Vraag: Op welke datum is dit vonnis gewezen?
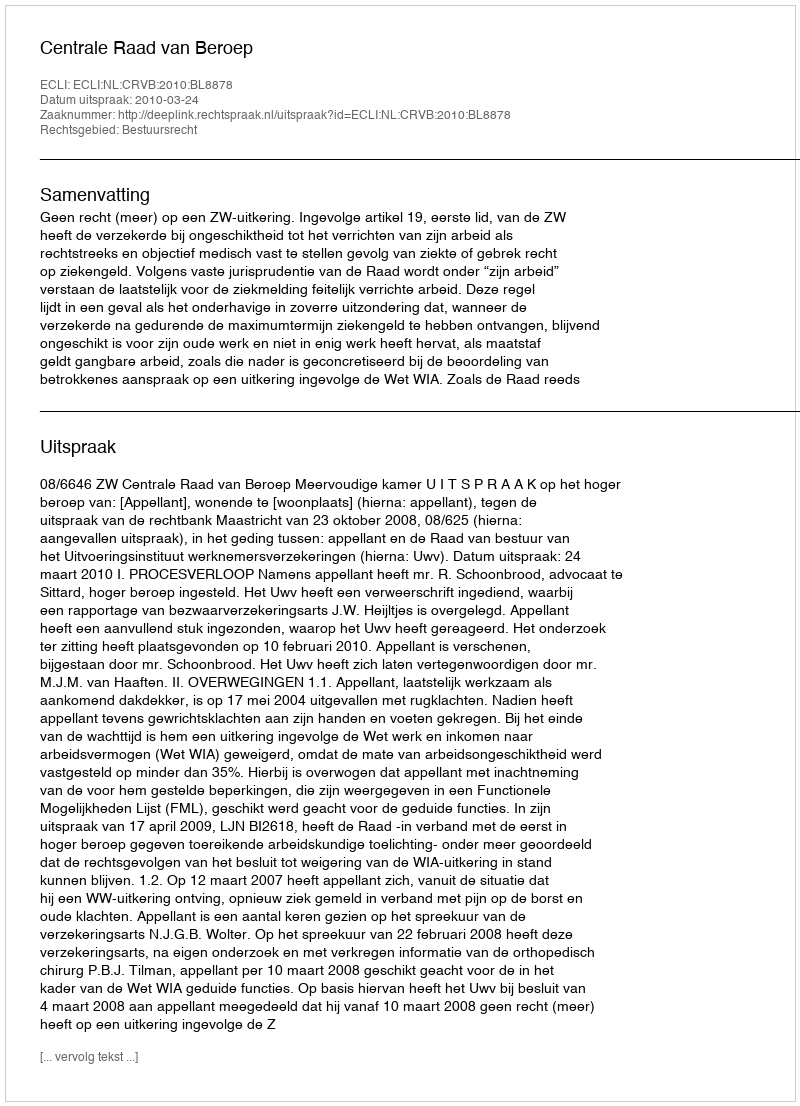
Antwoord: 2010-03-24